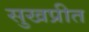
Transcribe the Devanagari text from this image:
सुखप्रीत